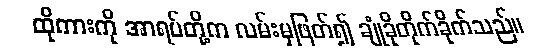
ထိုကားကို အာရပ်တို့က လမ်းမှဖြတ်၍ ချုံခိုတိုက်ခိုက်သည်။